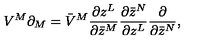
V ^ { M } \partial _ { M } = \bar { V } ^ { M } \frac { \partial z ^ { L } } { \partial \bar { z } ^ { M } } \frac { \partial \bar { z } ^ { N } } { \partial z ^ { L } } \frac { \partial } { \partial \bar { z } ^ { N } } ,